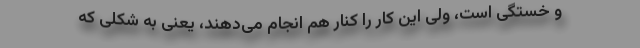
و خستگی است، ولی این کار را کنار هم انجام می‌دهند، یعنی به شکلی که